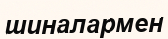
шиналармен